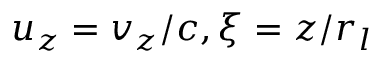
u _ { z } = v _ { z } / c , \xi = z / r _ { l }